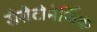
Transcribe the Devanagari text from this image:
सेरोटोनेर्जिक